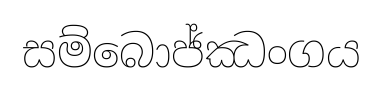
සම්බොජ්ඣංගය